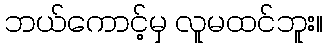
ဘယ်ကောင့်မှ လူမထင်ဘူး။